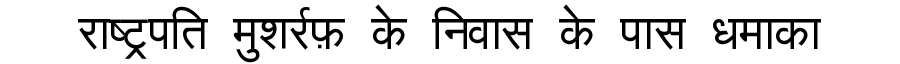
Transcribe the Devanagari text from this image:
राष्ट्रपति मुशर्रफ़ के निवास के पास धमाका